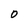
Character: O